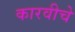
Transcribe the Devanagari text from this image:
कारवीचे